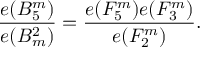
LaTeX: { \frac { e ( B _ { 5 } ^ { m } ) } { e ( B _ { m } ^ { 2 } ) } } = { \frac { e ( F _ { 5 } ^ { m } ) e ( F _ { 3 } ^ { m } ) } { e ( F _ { 2 } ^ { m } ) } } .